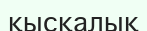
қысқалық